DOW-UAP-D61, Mission Report, Persian Gulf, August 2020
Agency: Department of War
Incident date: 8/27/20
Incident location: Persian Gulf
Page 2
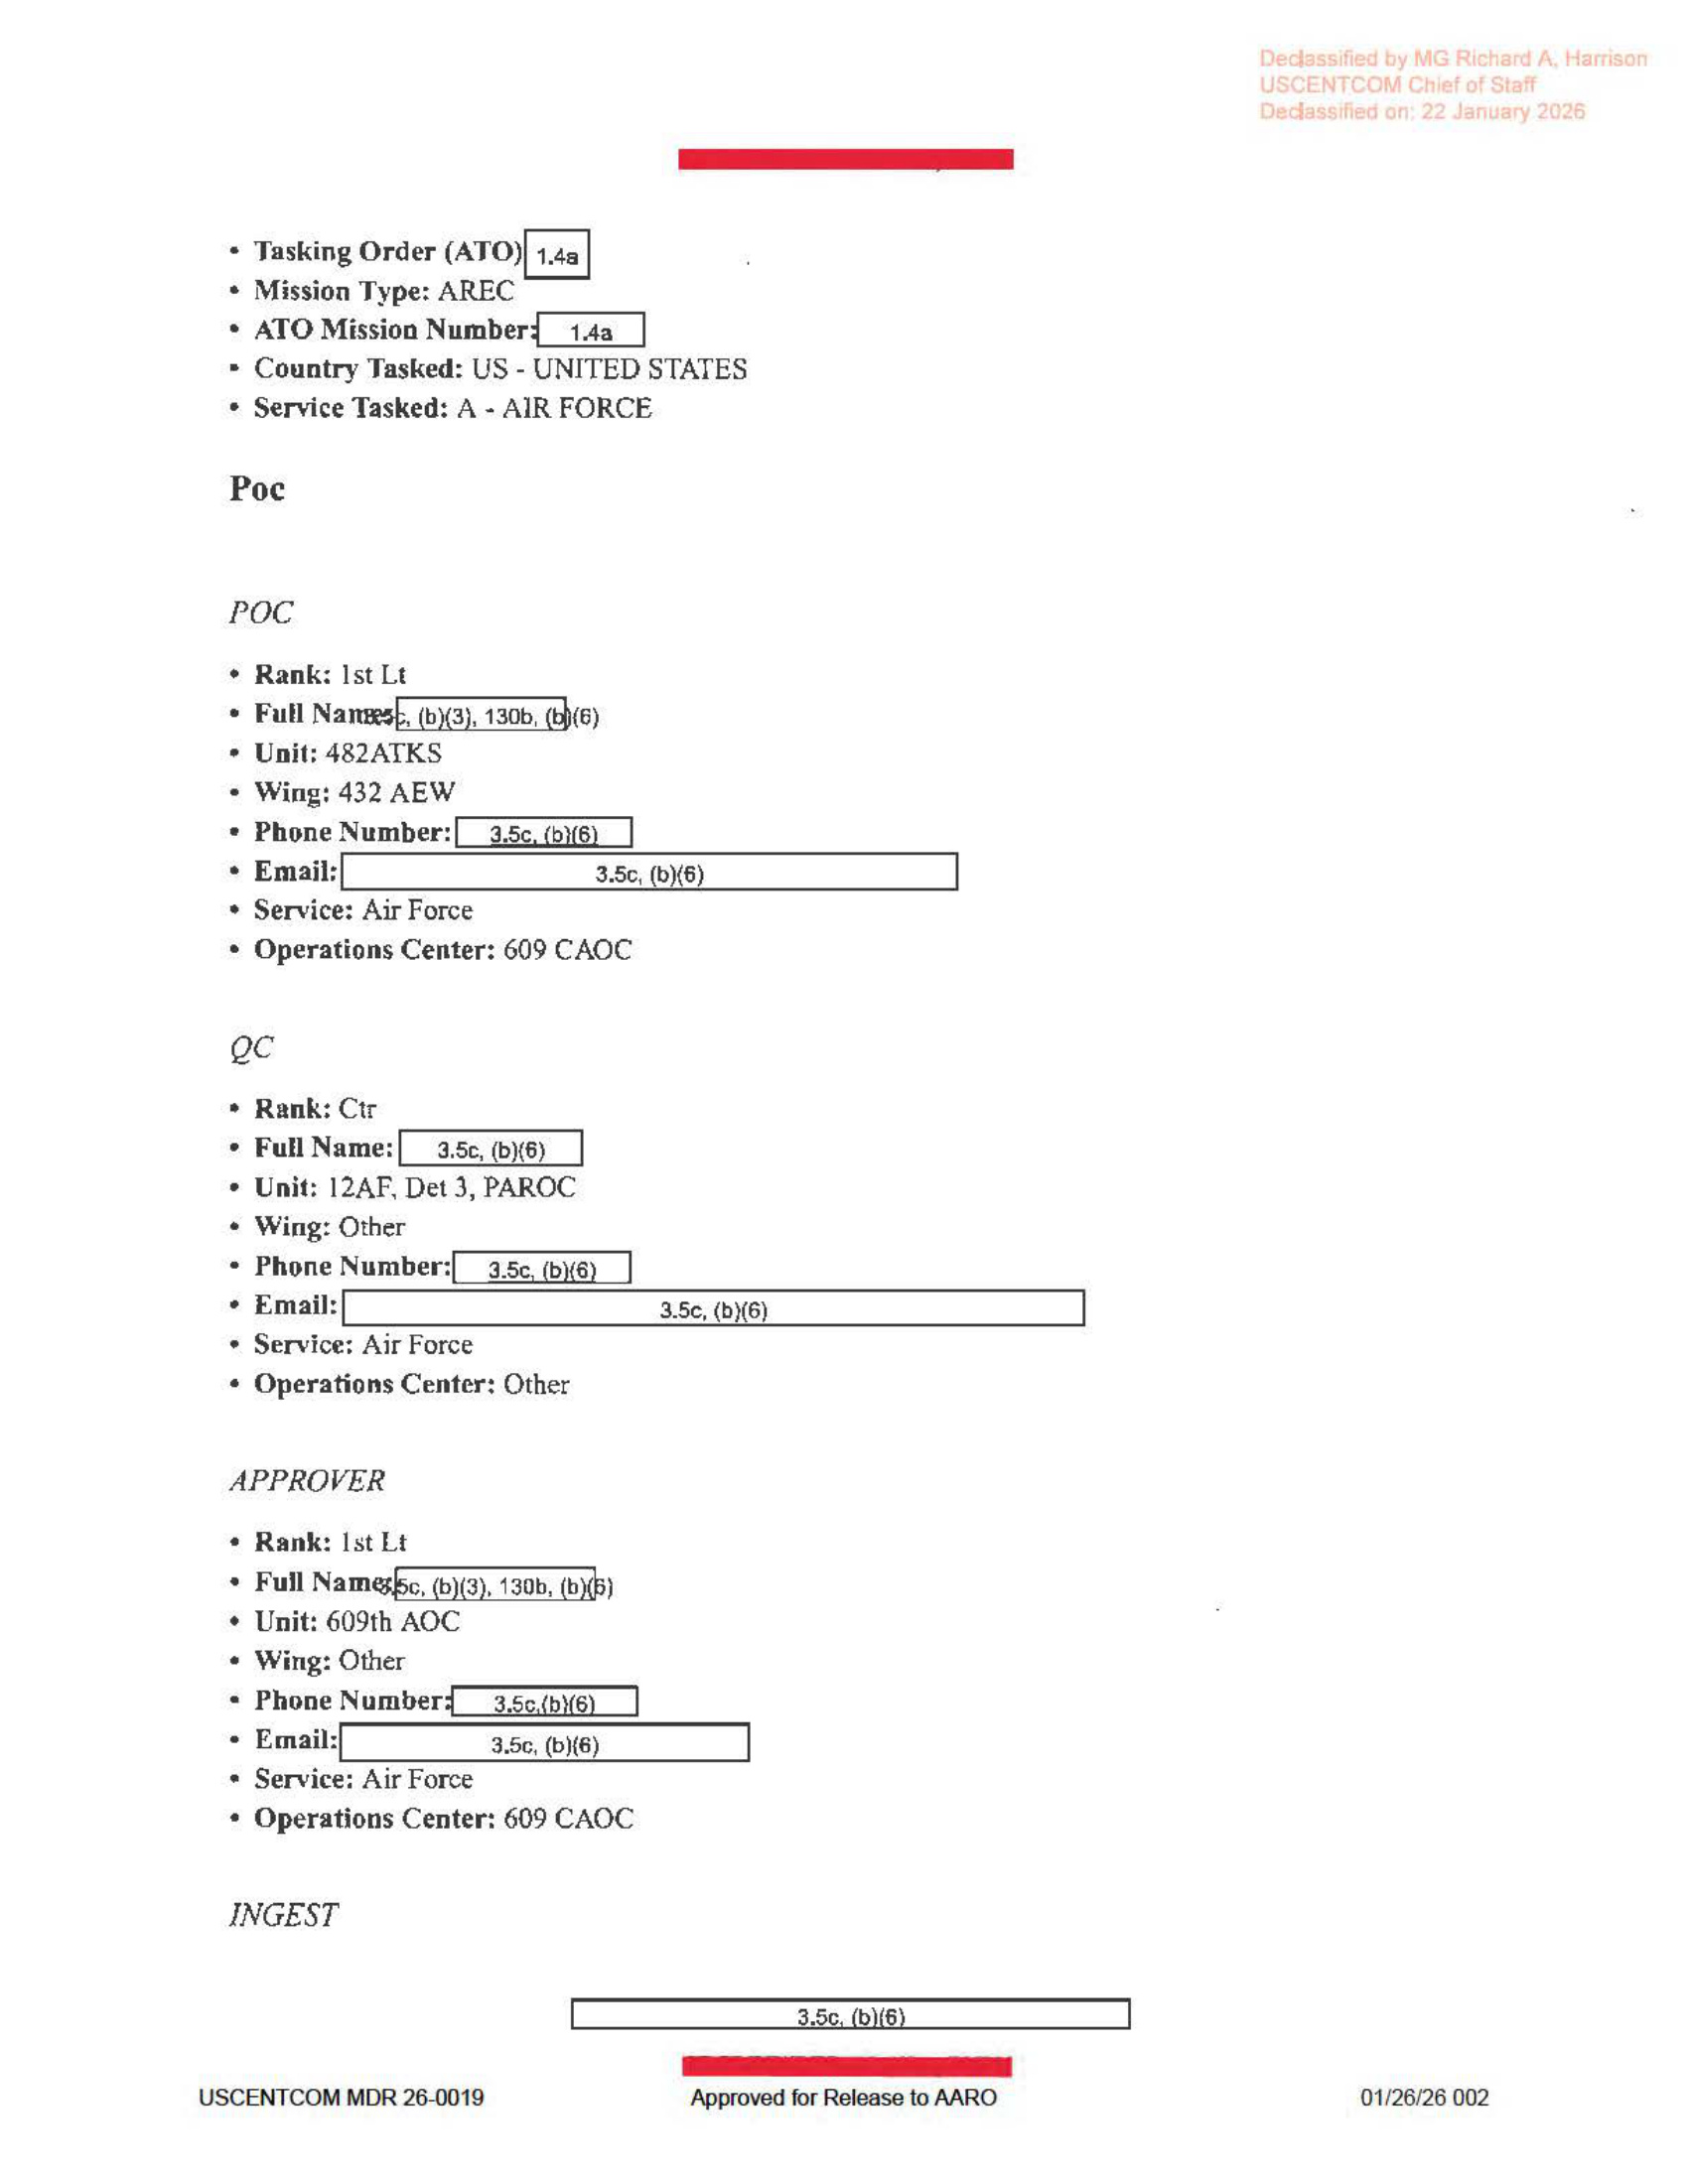